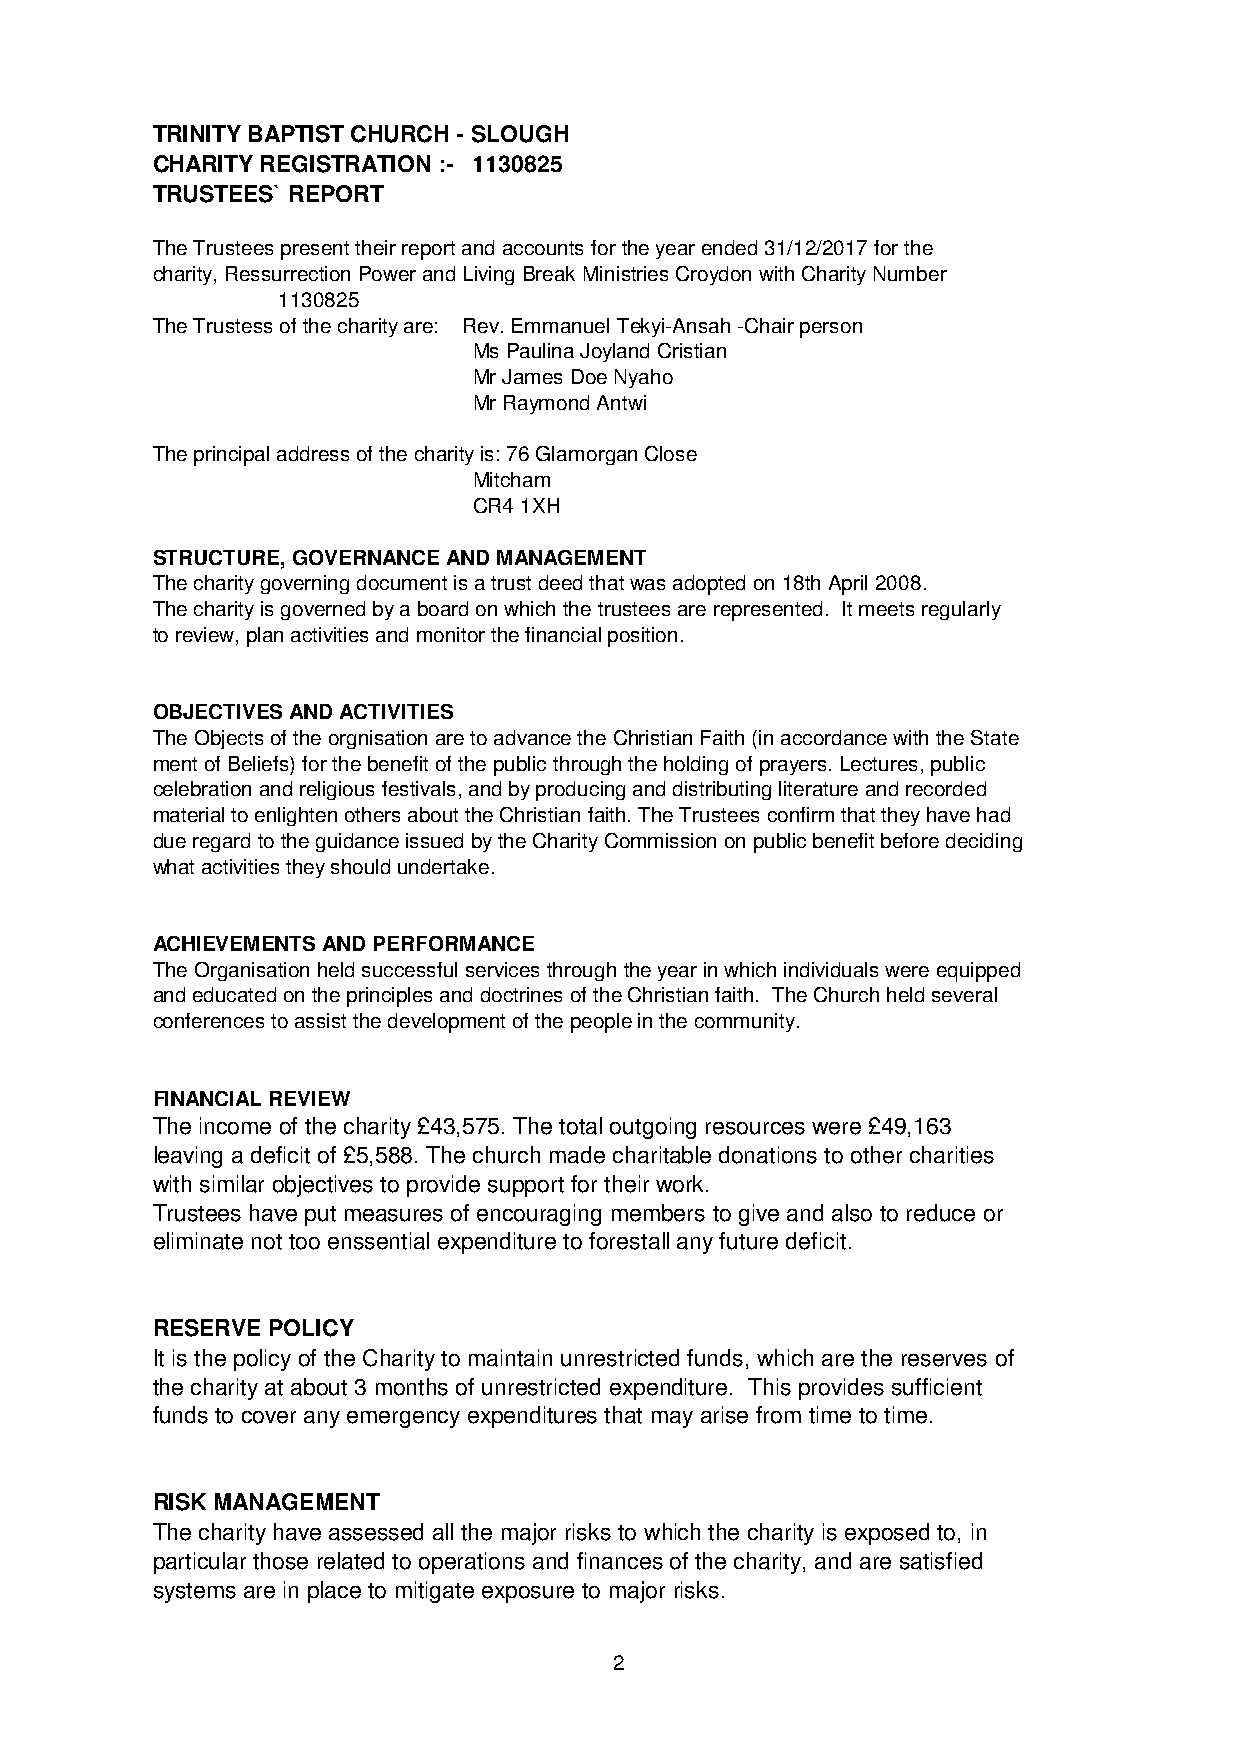
TRINITY BAPTIST CHURCH - SLOUGH
 CHARITY REGISTRATION :- 1130825
 TRUSTEES` REPORT
 The Trustees present their report and accounts for the year ended 31/12/2017 for the
 charity, Ressurrection Power and Living Break Ministries Croydon with Charity Number
 1130825
 The Trustess of the charity are: Rev. Emmanuel Tekyi-Ansah -Chair person
 Ms Paulina Joyland Cristian
 Mr James Doe Nyaho
 Mr Raymond Antwi
 The principal address of the charity is: 76 Glamorgan Close
 Mitcham
 CR4 1XH
 STRUCTURE, GOVERNANCE AND MANAGEMENT
 The charity governing document is a trust deed that was adopted on 18th April 2008.
 The charity is governed by a board on which the trustees are represented. It meets regularly
 to review, plan activities and monitor the financial position.
 OBJECTIVES AND ACTIVITIES
 The Objects of the orgnisation are to advance the Christian Faith (in accordance with the State
 ment of Beliefs) for the benefit of the public through the holding of prayers. Lectures, public
 celebration and religious festivals, and by producing and distributing literature and recorded
 material to enlighten others about the Christian faith. The Trustees confirm that they have had
 due regard to the guidance issued by the Charity Commission on public benefit before deciding
 what activities they should undertake.
 ACHIEVEMENTS AND PERFORMANCE
 The Organisation held successful services through the year in which individuals were equipped
 and educated on the principles and doctrines of the Christian faith. The Church held several
 conferences to assist the development of the people in the community.
 FINANCIAL REVIEW
 The income of the charity £43,575. The total outgoing resources were £49,163
 leaving a deficit of £5,588. The church made charitable donations to other charities
 with similar objectives to provide support for their work.
 Trustees have put measures of encouraging members to give and also to reduce or
 eliminate not too enssential expenditure to forestall any future deficit.
 RESERVE POLICY
 It is the policy of the Charity to maintain unrestricted funds, which are the reserves of
 the charity at about 3 months of unrestricted expenditure. This provides sufficient
 funds to cover any emergency expenditures that may arise from time to time.
 RISK MANAGEMENT
 The charity have assessed all the major risks to which the charity is exposed to, in
 particular those related to operations and finances of the charity, and are satisfied
 systems are in place to mitigate exposure to major risks.
 2